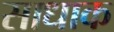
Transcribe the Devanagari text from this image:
साधाक